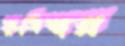
ফুঁসিবার